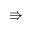
\Rrightarrow